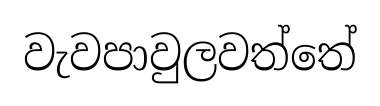
වැවපාවුලවත්තේ